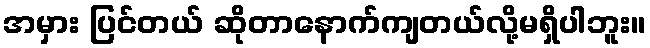
အမှား ပြင်တယ် ဆိုတာနောက်ကျတယ်လို့မရှိပါဘူး။